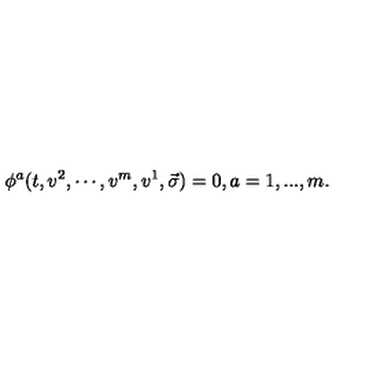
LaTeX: \phi ^ { a } ( t , v ^ { 2 } , \cdots , v ^ { m } , v ^ { 1 } , \vec { \sigma } ) = 0 , a = 1 , . . . , m .